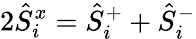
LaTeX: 2\hat{S}_{i}^{x}=\hat{S}_{i}^{+}+\hat{S}_{i}^{-}